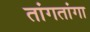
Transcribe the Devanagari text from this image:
तांगतांगा